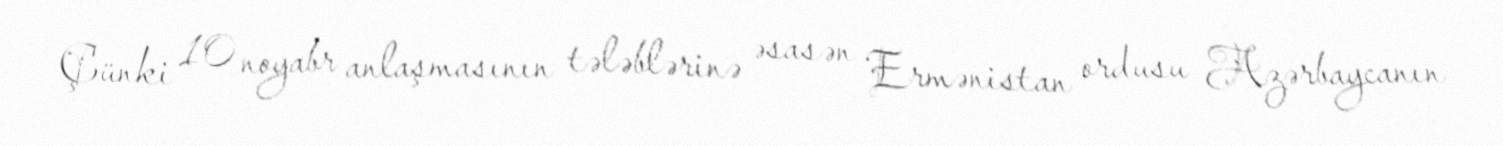
Çünki 10 noyabr anlaşmasının tələblərinə əsasən Ermənistan ordusu Azərbaycanın